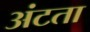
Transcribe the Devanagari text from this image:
अंटता